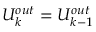
U _ { k } ^ { o u t } = U _ { k - 1 } ^ { o u t }